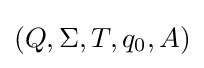
(Q,\Sigma ,T,q_{0},A)